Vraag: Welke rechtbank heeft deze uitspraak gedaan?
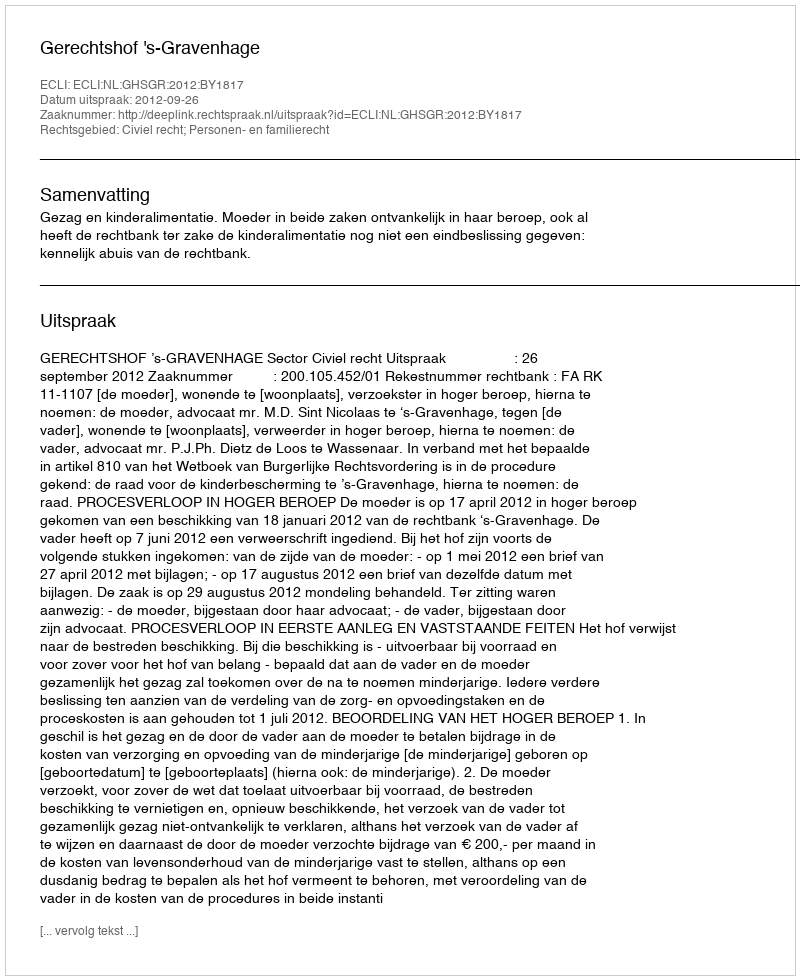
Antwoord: Gerechtshof 's-Gravenhage